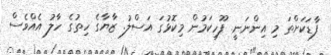
ފާޑަކަށްތަ މި އިންނަނީ. ފޫހިކަމުން މިކޮޅުގަ އަސްލު. ޒާޔާގެ ހިތުގެ ހާލު އެއްވެސް